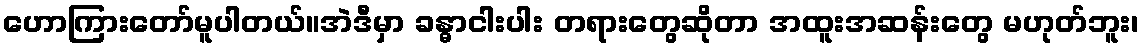
ဟောကြားတော်မူပါတယ်။အဲဒီမှာ ခန္ဓာငါးပါး တရားတွေဆိုတာ အထူးအဆန်းတွေ မဟုတ်ဘူး၊